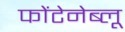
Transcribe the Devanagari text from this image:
फोंटेनेब्लू